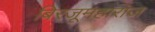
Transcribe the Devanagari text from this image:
बिरजूमहाराज